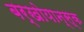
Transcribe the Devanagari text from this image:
बर्खोयान्स्क